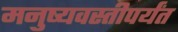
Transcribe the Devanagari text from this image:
मनुष्यवस्तीपर्यंत